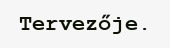
Tervezője.